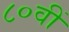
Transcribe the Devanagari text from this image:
८०वीं